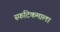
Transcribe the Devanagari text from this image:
स्फटिकमाला